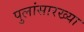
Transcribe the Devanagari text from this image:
पुलांसारख्या